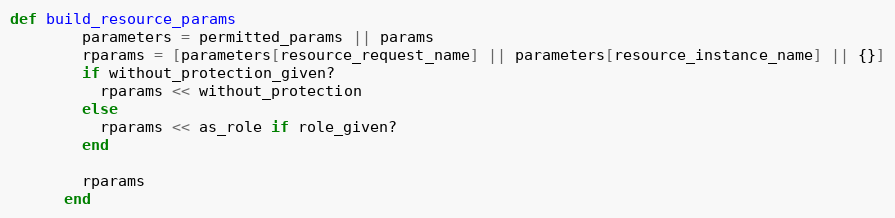
Language: Ruby
def build_resource_params
        parameters = permitted_params || params
        rparams = [parameters[resource_request_name] || parameters[resource_instance_name] || {}]
        if without_protection_given?
          rparams << without_protection
        else
          rparams << as_role if role_given?
        end

        rparams
      end